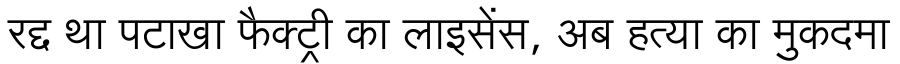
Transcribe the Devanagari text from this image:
रद्द था पटाखा फैक्ट्री का लाइसेंस, अब हत्या का मुकदमा